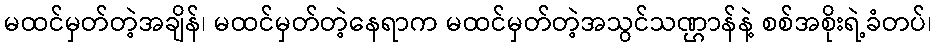
မထင်မှတ်တဲ့အချိန်၊ မထင်မှတ်တဲ့နေရာက မထင်မှတ်တဲ့အသွင်သဏ္ဌာန်နဲ့ စစ်အစိုးရဲ့ခံတပ်၊